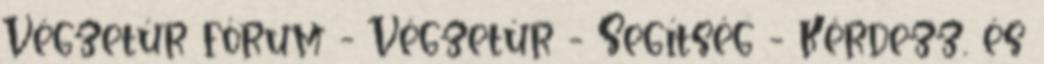
Végzetúr fórum - Végzetúr - Segítség - Kérdezz, és